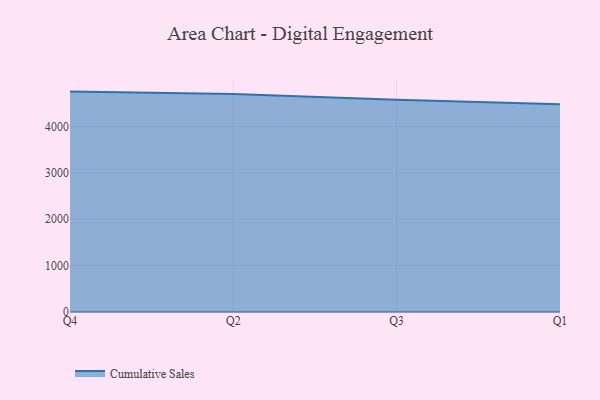
{"axis": {"x": "Quarter", "y": "Shipments"}, "legend": ["Cumulative Sales"], "data": [{"x": "Q4", "y": 4749.5, "type": "Cumulative Sales"}, {"x": "Q2", "y": 4696.5, "type": "Cumulative Sales"}, {"x": "Q3", "y": 4574.3, "type": "Cumulative Sales"}, {"x": "Q1", "y": 4475.6, "type": "Cumulative Sales"}]}